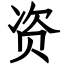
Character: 资